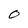
Character: 0